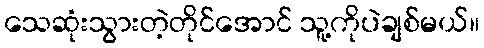
သေဆုံးသွားတဲ့တိုင်အောင် သူ့ကိုပဲချစ်မယ်။